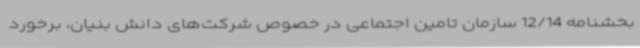
بخشنامه 12/14 سازمان تامین اجتماعی در خصوص شرکت‌های دانش بنیان، برخورد